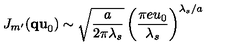
J _ { m ^ { \prime } } ( { \bf q u } _ { 0 } ) \sim \sqrt { \frac { a } { 2 \pi \lambda _ { s } } } \left( \frac { \pi e u _ { 0 } } { \lambda _ { s } } \right) ^ { \lambda _ { s } / a }